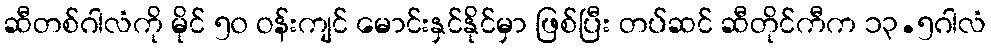
ဆီတစ်ဂါလံကို မိုင် ၅၀ ဝန်းကျင် မောင်းနှင်နိုင်မှာ ဖြစ်ပြီး တပ်ဆင် ဆီတိုင်ကီက ၁၃.၅ဂါလံ